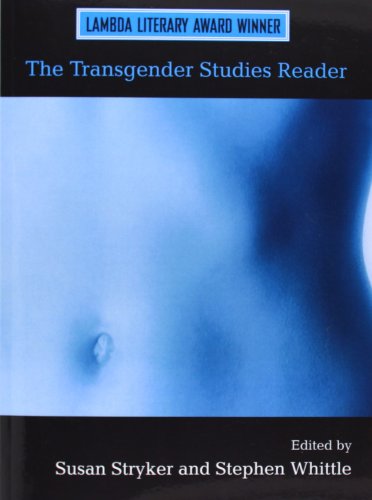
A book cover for The Transgender Studies Reader 1&2 BUNDLE; Gay & Lesbian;